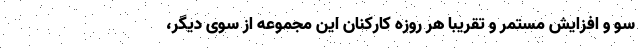
سو و افزایش مستمر و تقریبا هر روزه کارکنان این مجموعه از سوی دیگر،